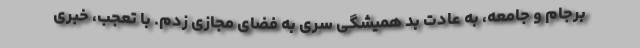
برجام و جامعه، به عادت بد همیشگی سری به فضای مجازی زدم. با تعجب، خبری